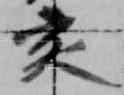
亥